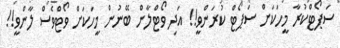
ސަޕޯޓްކުރާ މީހަކަށް ސަޕޯޓް ކުރަންވީ!! އަދި ވޯޓްލާން ބޭނުން މީހަކަށް ވޯޓްވެސް ލާންވީ!!